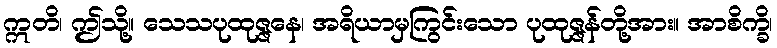
ဣတိ၊ ဤသို့။ သေသပုထုဇ္ဇနေ၊ အရိယာမှကြွင်းသော ပုထုဇ္ဇန်တို့အား။ အာစိက္ခိ၊